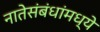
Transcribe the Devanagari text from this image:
नातेसंबंधांमध्ये